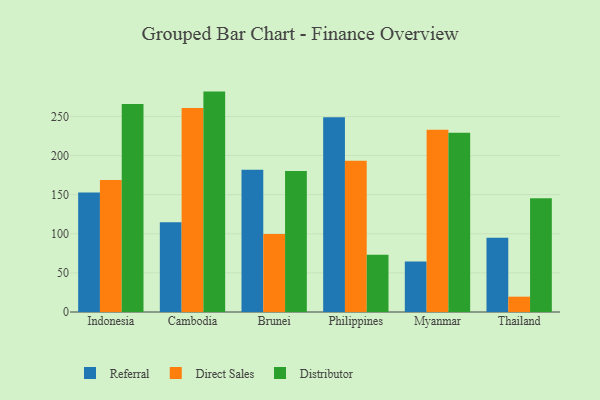
{"axis": {"x": "Country", "y": "Customer Acquisition Cost (USD)"}, "legend": ["Direct Sales", "Distributor", "Referral"], "data": [{"x": "Indonesia", "y": 152.7, "type": "Referral"}, {"x": "Indonesia", "y": 168.8, "type": "Direct Sales"}, {"x": "Indonesia", "y": 266.1, "type": "Distributor"}, {"x": "Cambodia", "y": 114.8, "type": "Referral"}, {"x": "Cambodia", "y": 260.8, "type": "Direct Sales"}, {"x": "Cambodia", "y": 281.8, "type": "Distributor"}, {"x": "Brunei", "y": 181.9, "type": "Referral"}, {"x": "Brunei", "y": 99.8, "type": "Direct Sales"}, {"x": "Brunei", "y": 180.2, "type": "Distributor"}, {"x": "Philippines", "y": 249.0, "type": "Referral"}, {"x": "Philippines", "y": 193.4, "type": "Direct Sales"}, {"x": "Philippines", "y": 73.3, "type": "Distributor"}, {"x": "Myanmar", "y": 64.5, "type": "Referral"}, {"x": "Myanmar", "y": 232.9, "type": "Direct Sales"}, {"x": "Myanmar", "y": 229.3, "type": "Distributor"}, {"x": "Thailand", "y": 94.8, "type": "Referral"}, {"x": "Thailand", "y": 19.6, "type": "Direct Sales"}, {"x": "Thailand", "y": 145.5, "type": "Distributor"}]}